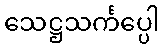
သေဋ္ဌသင်္ကပ္ပေါ